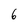
Character: 6